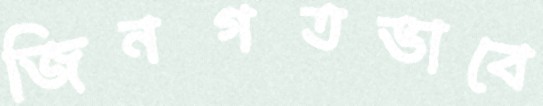
জিনগতভাবে